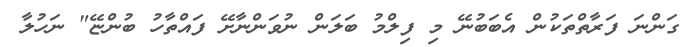
ގަންނަ ފަރާތްތަކުން އެބަބުނޭ މި ފިލްމު ބަލަން ނުވަންނާށޭ ފައްތާހު ބުންޏޭ" ނަހުލާ